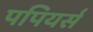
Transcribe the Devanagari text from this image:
पपियर्स